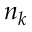
n _ { k }